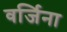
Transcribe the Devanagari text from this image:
वर्जिना